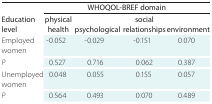
|  | <COLSPAN=4> WHOQOL-BREF domain |
 | Education level | physical health | psychological | social relationships | environment |
 | --- | --- | --- | --- | --- |
 | Employed women | -0.052 | -0.029 | -0.151 | 0.070 |
 | P | 0.527 | 0.716 | 0.062 | 0.387 |
 | Unemployed women | 0.048 | 0.055 | 0.155 | 0.057 |
 | P | 0.564 | 0.493 | 0.070 | 0.489 |